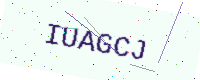
Text: IUAGCJ